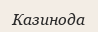
Казинода